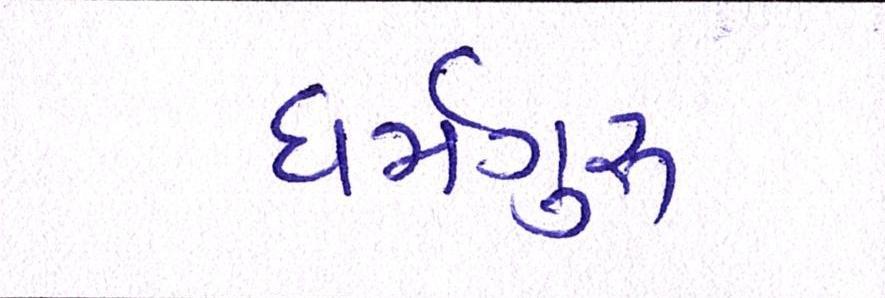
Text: ધર્મગુરૂ